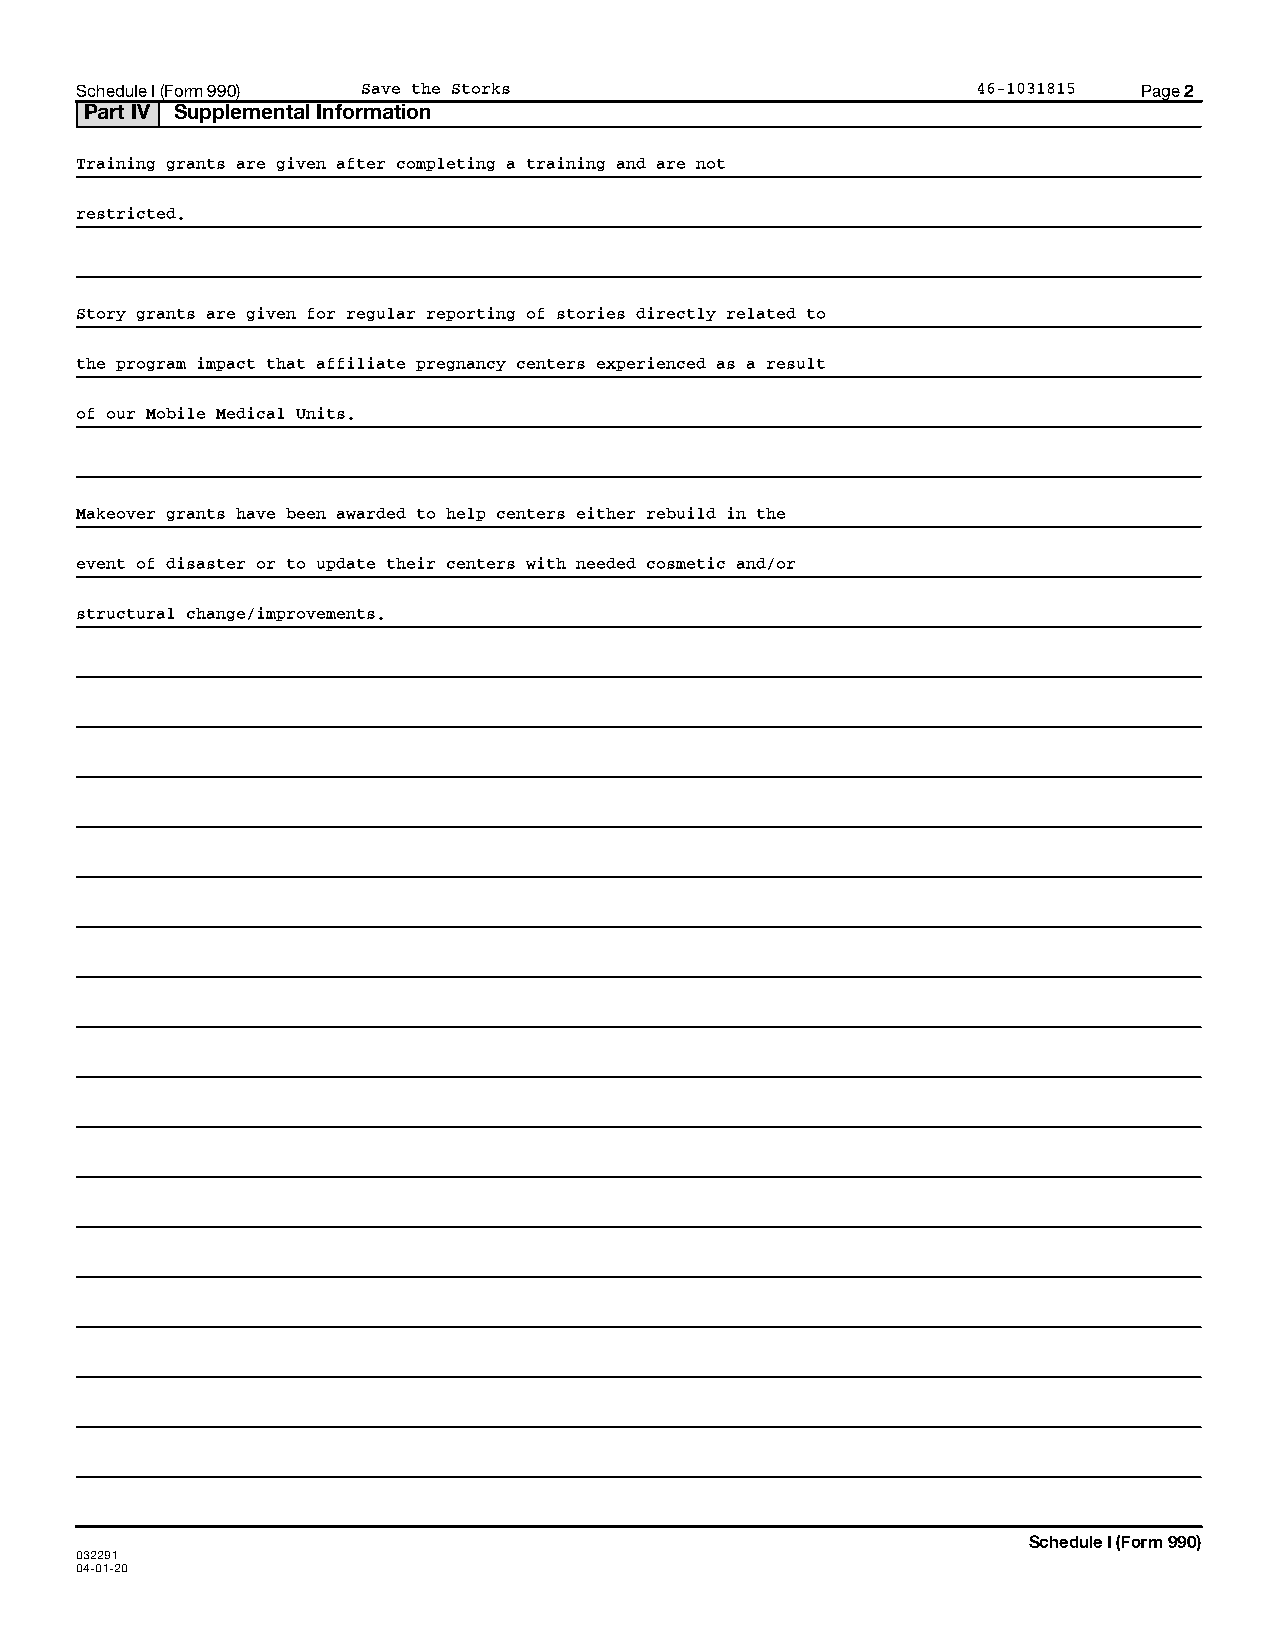
Schedule I (Form 990) Save the Storks                       46-1031815 Page 2
 Part IV Supplemental Information
 Training grants are given after completing a training and are not
 restricted.
 Story grants are given for regular reporting of stories directly related to
 the program impact that affiliate pregnancy centers experienced as a result
 of our Mobile Medical Units.
 Makeover grants have been awarded to help centers either rebuild in the
 event of disaster or to update their centers with needed cosmetic and/or
 structural change/improvements.
 Schedule I (Form 990)
 032291
 04-01-20